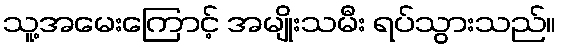
သူ့အမေးကြောင့် အမျိုးသမီး ရပ်သွားသည်။